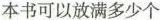
本书可以放满多少个